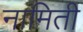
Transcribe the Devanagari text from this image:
नामिती